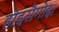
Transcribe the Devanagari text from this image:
होइसैगोइ।